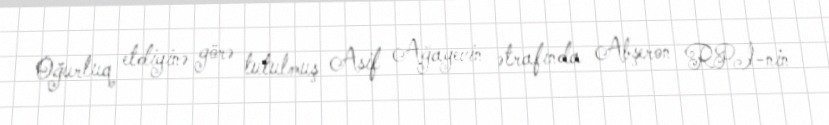
Oğurluq etdiyinə görə tutulmuş Asif Ağayevin ətrafında Abşeron RPİ-nin